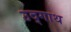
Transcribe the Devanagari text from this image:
उद्गाथ